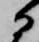
に